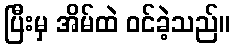
ပြီးမှ အိမ်ထဲ ဝင်ခဲ့သည်။